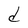
Character: d